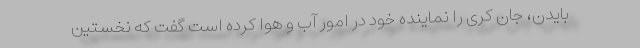
بایدن، جان کری را نماینده خود در امور آب و هوا کرده است گفت که نخستین